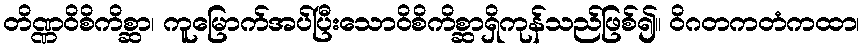
တိဏ္ဏဝိစိကိစ္ဆာ၊ ကူမြောက်အပ်ပြီးသောဝိစိကိစ္ဆာရှိကုန်သည်ဖြစ်၍။ ဝိဂတကတံကထာ၊